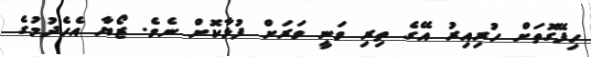
ހިފޭގޮތަށް ހުރިއިރު އޭގެ ތިރި ވަނީ ވަރަށް ފުޅާކޮށް ނެވެ. ޒޯޔާ އެހެދުމުގެ